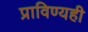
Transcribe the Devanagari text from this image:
प्राविण्यही